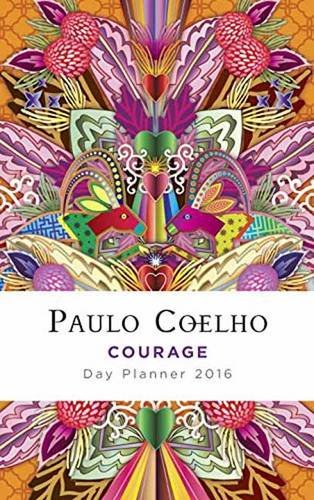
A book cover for Courage: 2016 Calendar; Paulo Coelho; Calendars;